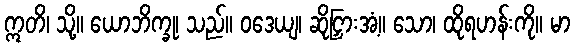
ဣတိ၊ သို့။ ယောဘိက္ခု၊ သည်။ ဝဒေယျ၊ ဆိုငြှားအံ့။ သော၊ ထိုရဟန်းကို။ မာ